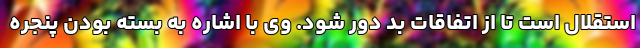
استقلال است تا از اتفاقات بد دور شود. وی با اشاره به بسته بودن پنجره